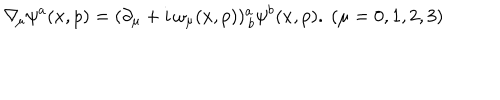
\nabla \! _ { \mu } \psi ^ { a } ( x , p ) = ( \partial _ { \mu } + i \, \omega _ { \mu } ( x , p ) ) _ { \, b } ^ { a } \psi ^ { b } ( x , p ) . \ ( \mu = 0 , 1 , 2 , 3 )